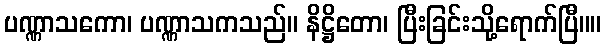
ပဏ္ဏာသကော၊ ပဏ္ဏာသကသည်။ နိဋ္ဌိတော၊ ပြီးခြင်းသို့ရောက်ပြီ။။